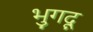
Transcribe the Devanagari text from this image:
भुगदू